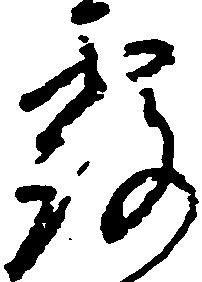
露